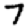
Digit: 7